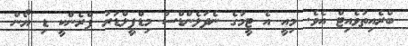
ބްރެއިތުވެއިޓް އެވެ. މިއީ އެ ޓީމުގެ ނެދަލެންޑްސް މިޑްފީލްޑަރު ފްރެންކީ ޑި ޔޯން